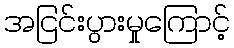
အငြင်းပွားမှုကြောင့်